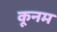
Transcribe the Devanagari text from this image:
कूनम